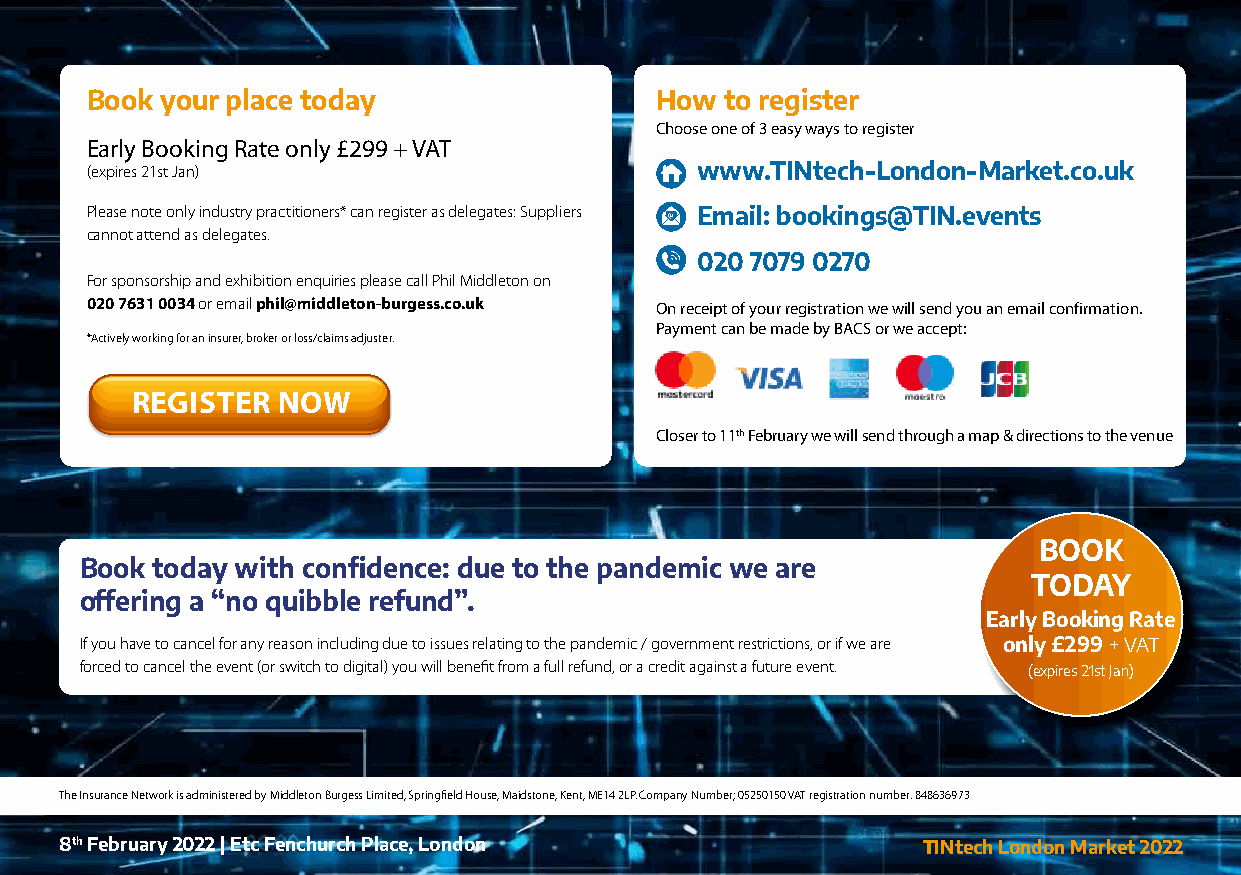
Book your place today                How  to register
 Choose one of 3 easy ways to register
 Early Booking Rate only £299 + VAT
 (expires 21st Jan)                      www.TINtech-London-Market.co.uk
 Please note only industry practitioners* can register as delegates: Suppliers Email: bookings@TIN.events
 cannot attend as delegates.
 020 7079 0270
 For sponsorship and exhibition enquiries please call Phil Middleton on
 020 7631 0034 or email phil@middleton-burgess.co.uk On receipt of your registration we will send you an email confirmation.
 Payment can be made by BACS or we accept:
 *Actively working for an insurer, broker or loss/claims adjuster.
 REGISTER NOW
 Closer to 11th February we will send through a map & directions to the venue
 BOOK
 Book today with confidence: due to the pandemic we are
 TODAY
 offering a “no quibble refund”.
 Early Booking Rate
 If you have to cancel for any reason including due to issues relating to the pandemic / government restrictions, or if we are only £299 + VAT
 forced to cancel the event (or switch to digital) you will benefit from a full refund, or a credit against a future event. (expires 21st Jan)
 The Insurance Network is administered by Middleton Burgess Limited, Springfield House, Maidstone, Kent, ME14 2LP. Company Number; 05250150 VAT registration number: 848636973
 8th February 2022 | Etc Fenchurch Place, London          TINtech London Market 2022